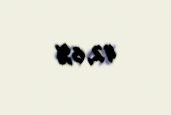
42,6%